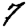
Digit: 7